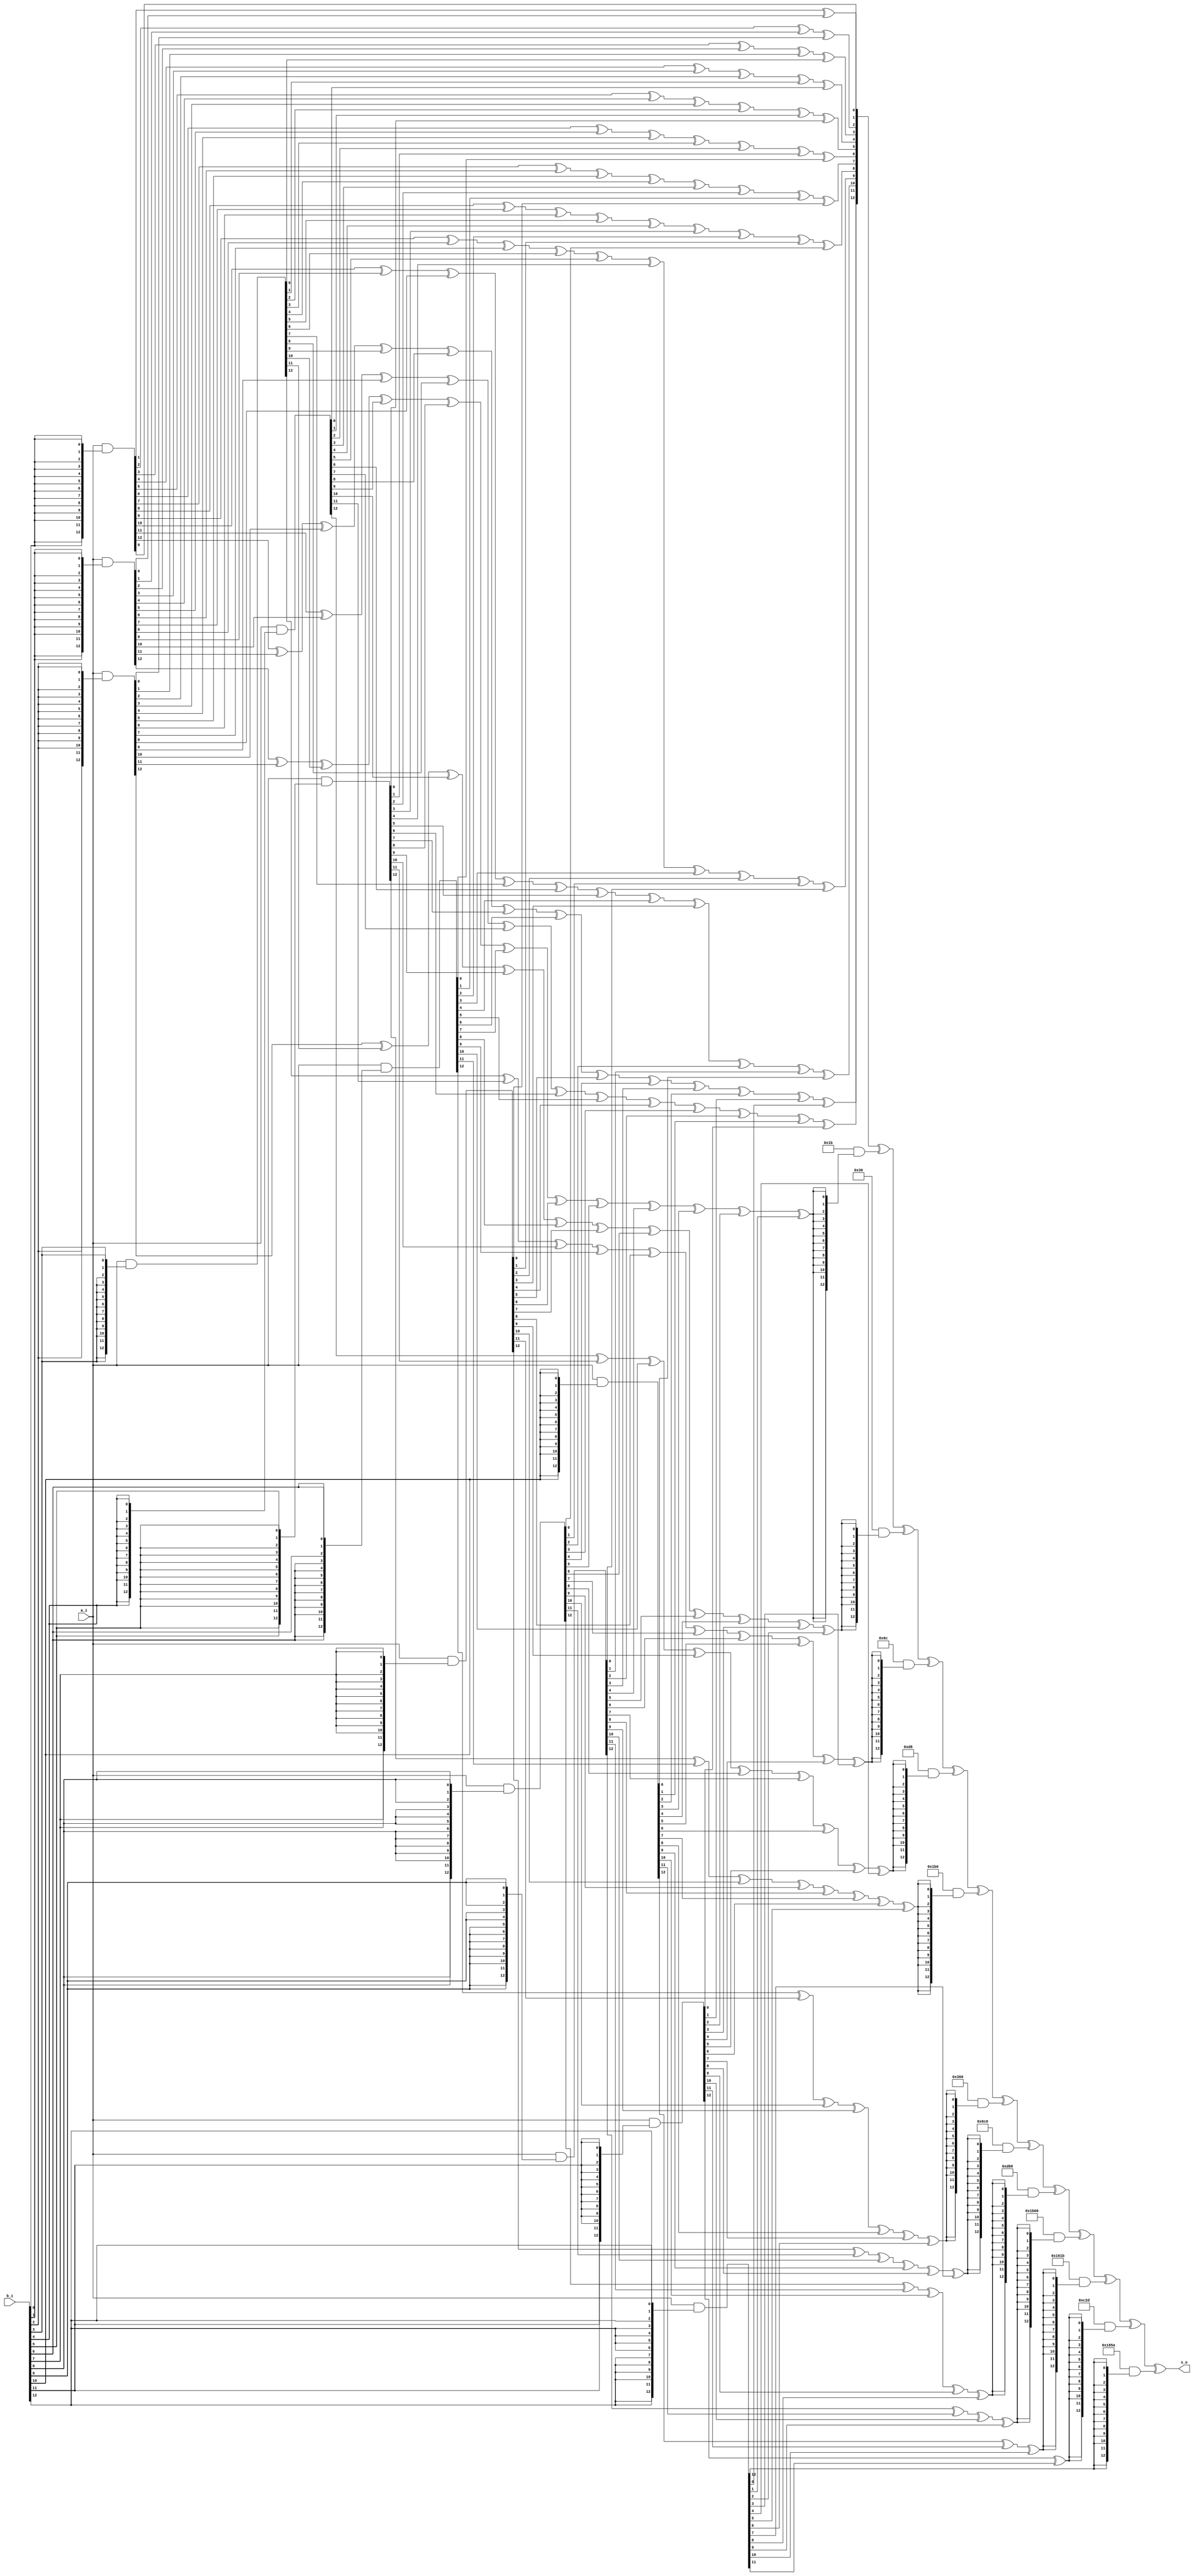
//+File Header//////////////////////////////////////////////////////////////////
//Copyright 2009, shhic. All rights reserved
//Module name : bchecc_gfmult
//Department  : security
//Author's mail : xuyx@shhic.com
//------------------------------------------------------------------------ 
// Release history 
// VERSION  Date       AUTHOR       DESCRIPTION 
// 1.0      2010-6-1   Xun Yunxiu   Initial version
//------------------------------------------------------------------------ 
// Other: The IP is based on ECC_V100.
//-File Header//////////////////////////////////////////////////////////////////

`timescale 1ns/100ps
module  bchecc_gfmult(
                a_i,
                b_i,
                s_o
                );
input   [12:0]  a_i;
input   [12:0]  b_i;
output  [12:0]  s_o;

parameter       s13 = 13'b0000000011011;
parameter       s14 = 13'b0000000110110;
parameter       s15 = 13'b0000001101100;
parameter       s16 = 13'b0000011011000;
parameter       s17 = 13'b0000110110000;
parameter       s18 = 13'b0001101100000;
parameter       s19 = 13'b0011011000000;
parameter       s20 = 13'b0110110000000;
parameter       s21 = 13'b1101100000000;
parameter       s22 = 13'b1011000011011;
parameter       s23 = 13'b0110000101101;
parameter       s24 = 13'b1100001011010;

wire    [12:0]  s0_tmp0,s0_tmp1,s0_tmp2,s0_tmp3,s0_tmp4,s0_tmp5,s0_tmp6;
wire    [12:0]  s0_tmp7,s0_tmp8,s0_tmp9,s0_tmp10,s0_tmp11,s0_tmp12;
wire    [24:0]  s0_tmp;
wire    [12:0]  s1_tmp0,s1_tmp1,s1_tmp2,s1_tmp3,s1_tmp4,s1_tmp5;
wire    [12:0]  s1_tmp6,s1_tmp7,s1_tmp8,s1_tmp9,s1_tmp10,s1_tmp11;


assign  s0_tmp0  = a_i & {13{b_i[0]}};
assign  s0_tmp1  = a_i & {13{b_i[1]}};
assign  s0_tmp2  = a_i & {13{b_i[2]}};
assign  s0_tmp3  = a_i & {13{b_i[3]}};
assign  s0_tmp4  = a_i & {13{b_i[4]}};
assign  s0_tmp5  = a_i & {13{b_i[5]}};
assign  s0_tmp6  = a_i & {13{b_i[6]}};
assign  s0_tmp7  = a_i & {13{b_i[7]}};
assign  s0_tmp8  = a_i & {13{b_i[8]}};
assign  s0_tmp9  = a_i & {13{b_i[9]}};
assign  s0_tmp10 = a_i & {13{b_i[10]}};
assign  s0_tmp11 = a_i & {13{b_i[11]}};
assign  s0_tmp12 = a_i & {13{b_i[12]}};

assign  s0_tmp[0]  = s0_tmp0[0];
assign  s0_tmp[1]  = s0_tmp0[1] ^ s0_tmp1[0];
assign  s0_tmp[2]  = s0_tmp0[2] ^ s0_tmp1[1] ^ s0_tmp2[0];
assign  s0_tmp[3]  = s0_tmp0[3] ^ s0_tmp1[2] ^ s0_tmp2[1] ^ s0_tmp3[0];
assign  s0_tmp[4]  = s0_tmp0[4] ^ s0_tmp1[3] ^ s0_tmp2[2] ^ s0_tmp3[1] ^ s0_tmp4[0];
assign  s0_tmp[5]  = s0_tmp0[5] ^ s0_tmp1[4] ^ s0_tmp2[3] ^ s0_tmp3[2] ^ s0_tmp4[1] ^ s0_tmp5[0];
assign  s0_tmp[6]  = s0_tmp0[6] ^ s0_tmp1[5] ^ s0_tmp2[4] ^ s0_tmp3[3] ^ s0_tmp4[2] ^ s0_tmp5[1] ^ s0_tmp6[0];
assign  s0_tmp[7]  = s0_tmp0[7] ^ s0_tmp1[6] ^ s0_tmp2[5] ^ s0_tmp3[4] ^ s0_tmp4[3] ^ s0_tmp5[2] ^ s0_tmp6[1] ^ s0_tmp7[0];
assign  s0_tmp[8]  = s0_tmp0[8] ^ s0_tmp1[7] ^ s0_tmp2[6] ^ s0_tmp3[5] ^ s0_tmp4[4] ^ s0_tmp5[3] ^ s0_tmp6[2] ^ s0_tmp7[1] ^ s0_tmp8[0];
assign  s0_tmp[9]  = s0_tmp0[9] ^ s0_tmp1[8] ^ s0_tmp2[7] ^ s0_tmp3[6] ^ s0_tmp4[5] ^ s0_tmp5[4] ^ s0_tmp6[3] ^ s0_tmp7[2] ^ s0_tmp8[1] ^ s0_tmp9[0];
assign  s0_tmp[10] = s0_tmp0[10] ^ s0_tmp1[9] ^ s0_tmp2[8] ^ s0_tmp3[7] ^ s0_tmp4[6] ^ s0_tmp5[5] ^ s0_tmp6[4] ^ s0_tmp7[3] ^ s0_tmp8[2] ^ s0_tmp9[1] ^ s0_tmp10[0];
assign  s0_tmp[11] = s0_tmp0[11] ^ s0_tmp1[10] ^ s0_tmp2[9] ^ s0_tmp3[8] ^ s0_tmp4[7] ^ s0_tmp5[6] ^ s0_tmp6[5] ^ s0_tmp7[4] ^ s0_tmp8[3] ^ s0_tmp9[2] ^ s0_tmp10[1] ^ s0_tmp11[0];
assign  s0_tmp[12] = s0_tmp0[12] ^ s0_tmp1[11] ^ s0_tmp2[10] ^ s0_tmp3[9] ^ s0_tmp4[8] ^ s0_tmp5[7] ^ s0_tmp6[6] ^ s0_tmp7[5] ^ s0_tmp8[4] ^ s0_tmp9[3] ^ s0_tmp10[2] ^ s0_tmp11[1] ^ s0_tmp12[0];
assign  s0_tmp[13] = s0_tmp1[12] ^ s0_tmp2[11] ^ s0_tmp3[10] ^ s0_tmp4[9] ^ s0_tmp5[8] ^ s0_tmp6[7] ^ s0_tmp7[6] ^ s0_tmp8[5] ^ s0_tmp9[4] ^ s0_tmp10[3] ^ s0_tmp11[2] ^ s0_tmp12[1];
assign  s0_tmp[14] = s0_tmp2[12] ^ s0_tmp3[11] ^ s0_tmp4[10] ^ s0_tmp5[9] ^ s0_tmp6[8] ^ s0_tmp7[7] ^ s0_tmp8[6] ^ s0_tmp9[5] ^ s0_tmp10[4] ^ s0_tmp11[3] ^ s0_tmp12[2];
assign  s0_tmp[15] = s0_tmp3[12] ^ s0_tmp4[11] ^ s0_tmp5[10] ^ s0_tmp6[9] ^ s0_tmp7[8] ^ s0_tmp8[7] ^ s0_tmp9[6] ^ s0_tmp10[5] ^ s0_tmp11[4] ^ s0_tmp12[3];
assign  s0_tmp[16] = s0_tmp4[12] ^ s0_tmp5[11] ^ s0_tmp6[10] ^ s0_tmp7[9] ^ s0_tmp8[8] ^ s0_tmp9[7] ^ s0_tmp10[6] ^ s0_tmp11[5] ^ s0_tmp12[4];
assign  s0_tmp[17] = s0_tmp5[12] ^ s0_tmp6[11] ^ s0_tmp7[10] ^ s0_tmp8[9] ^ s0_tmp9[8] ^ s0_tmp10[7] ^ s0_tmp11[6] ^ s0_tmp12[5];
assign  s0_tmp[18] = s0_tmp6[12] ^ s0_tmp7[11] ^ s0_tmp8[10] ^ s0_tmp9[9] ^ s0_tmp10[8] ^ s0_tmp11[7] ^ s0_tmp12[6];
assign  s0_tmp[19] = s0_tmp7[12] ^ s0_tmp8[11] ^ s0_tmp9[10] ^ s0_tmp10[9] ^ s0_tmp11[8] ^ s0_tmp12[7];
assign  s0_tmp[20] = s0_tmp8[12] ^ s0_tmp9[11] ^ s0_tmp10[10] ^ s0_tmp11[9] ^ s0_tmp12[8];
assign  s0_tmp[21] = s0_tmp9[12] ^ s0_tmp10[11] ^ s0_tmp11[10] ^ s0_tmp12[9];
assign  s0_tmp[22] = s0_tmp10[12] ^ s0_tmp11[11] ^ s0_tmp12[10];
assign  s0_tmp[23] = s0_tmp11[12] ^ s0_tmp12[11];
assign  s0_tmp[24] = s0_tmp12[12];

assign  s1_tmp11 = s24 & {13{s0_tmp[24]}};
assign  s1_tmp10 = s23 & {13{s0_tmp[23]}};
assign  s1_tmp9  = s22 & {13{s0_tmp[22]}};
assign  s1_tmp8  = s21 & {13{s0_tmp[21]}};
assign  s1_tmp7  = s20 & {13{s0_tmp[20]}};
assign  s1_tmp6  = s19 & {13{s0_tmp[19]}};
assign  s1_tmp5  = s18 & {13{s0_tmp[18]}};
assign  s1_tmp4  = s17 & {13{s0_tmp[17]}};
assign  s1_tmp3  = s16 & {13{s0_tmp[16]}};
assign  s1_tmp2  = s15 & {13{s0_tmp[15]}};
assign  s1_tmp1  = s14 & {13{s0_tmp[14]}};
assign  s1_tmp0  = s13 & {13{s0_tmp[13]}};

assign  s_o = s0_tmp[12:0] ^ s1_tmp0 ^ s1_tmp1 ^ s1_tmp2 ^ s1_tmp3 ^ s1_tmp4 ^ s1_tmp5 ^ s1_tmp6 ^ s1_tmp7 ^ s1_tmp8 ^ s1_tmp9 ^ s1_tmp10 ^ s1_tmp11;

endmodule